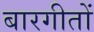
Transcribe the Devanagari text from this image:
बारगीतों